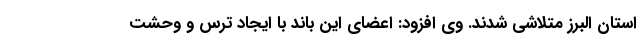
استان البرز متلاشی شدند. وی افزود: اعضای این باند با ایجاد ترس و وحشت